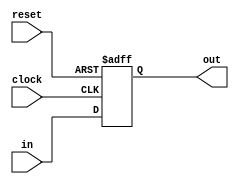
module pipe_reg_2(
	   input [1:0] in,
       input clock,
	   input reset,
	   //input op,
	   output reg [1:0]out
 );
 
	always @(posedge clock,negedge reset) begin
    if(!reset)
	   out <= 0;
	else 
	   out <= in;
	end
endmodule